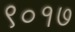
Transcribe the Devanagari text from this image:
९०१७